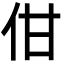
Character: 佄